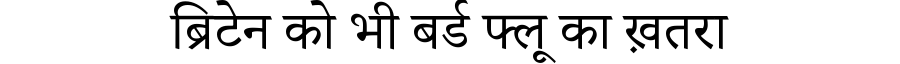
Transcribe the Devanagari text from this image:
ब्रिटेन को भी बर्ड फ्लू का ख़तरा